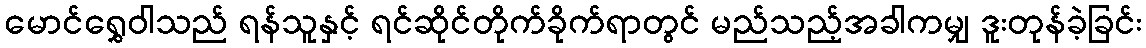
မောင်ရွှေဝါသည် ရန်သူနှင့် ရင်ဆိုင်တိုက်ခိုက်ရာတွင် မည်သည့်အခါကမျှ ဒူးတုန်ခဲ့ခြင်း